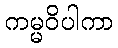
ကမ္မဝိပါကာ